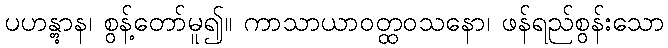
ပဟန္တွာန၊ စွန့်တော်မူ၍။ ကာသာယာဝတ္ထဝသနော၊ ဖန်ရည်စွန်းသော